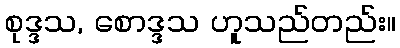
စုဒ္ဒသ, စောဒ္ဒသ ဟူသည်တည်း။